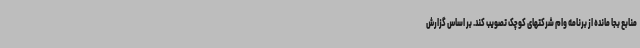
منابع بجا مانده از برنامه وام شرکتهای کوچک تصویب کند. بر اساس گزارش